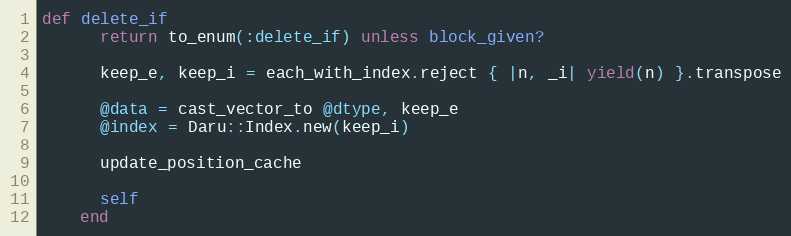
Language: Ruby
def delete_if
      return to_enum(:delete_if) unless block_given?

      keep_e, keep_i = each_with_index.reject { |n, _i| yield(n) }.transpose

      @data = cast_vector_to @dtype, keep_e
      @index = Daru::Index.new(keep_i)

      update_position_cache

      self
    end